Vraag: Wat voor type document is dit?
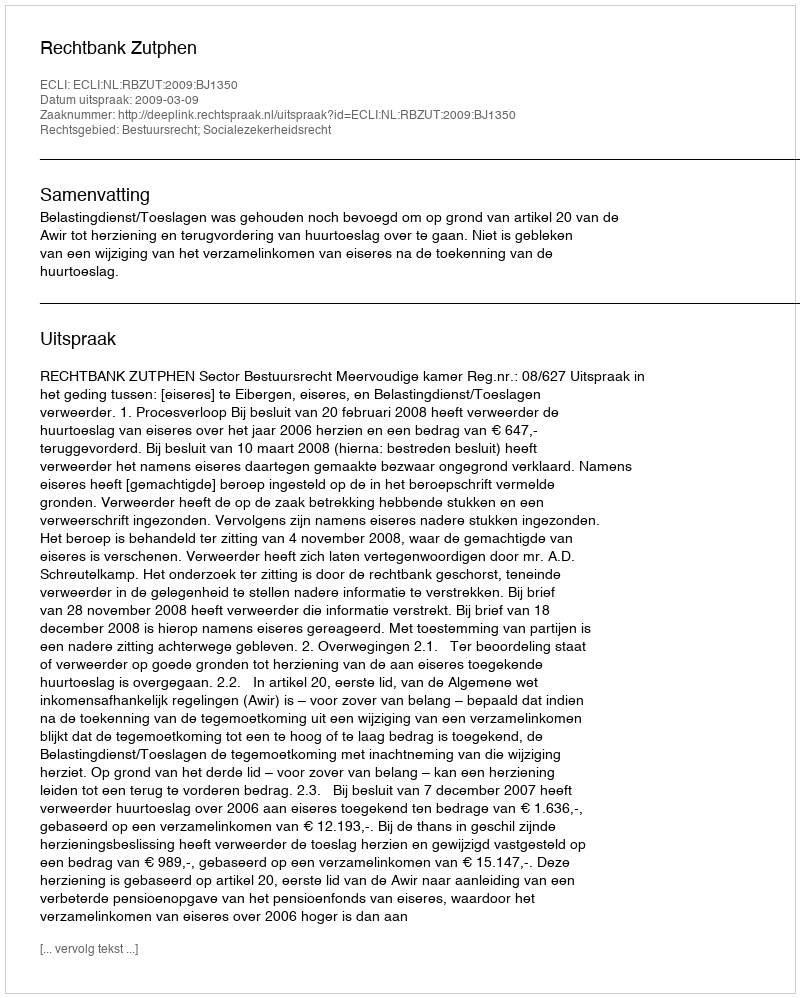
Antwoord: Uitspraak